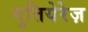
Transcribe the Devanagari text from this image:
गुतियेरेज़